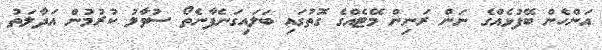
އަންހެން ބޭފުޅެއްގެ ނަން ރަނިން މޭޓެއްގެ ގޮތުގައި ބަލައިގަނެފާނެތޯ ސުވާލު ކުރުމުން އަދާލަތު